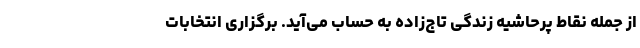
از جمله نقاط پرحاشیه زندگی تاج‌زاده به حساب می‌آید. برگزاری انتخابات